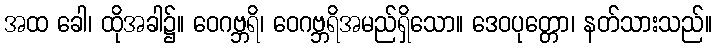
အထ ခေါ၊ ထိုအခါ၌။ ဝေဂဗ္ဘရိ၊ ဝေဂဗ္ဘရိအမည်ရှိသော။ ဒေဝပုတ္တော၊ နတ်သားသည်။